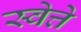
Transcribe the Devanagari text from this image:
स्वेत्ते